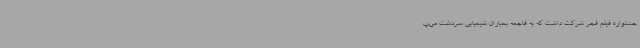
جشنواره فیلم فجر شرکت داشت که به فاجعه بمباران شیمیایی سردشت می‌پ